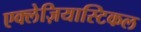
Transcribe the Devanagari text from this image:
एक्लेज़ियास्टिकल